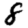
Digit: 8